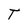
Character: T